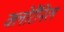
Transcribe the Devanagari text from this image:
क्लोरैनिल